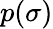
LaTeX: p(\sigma)